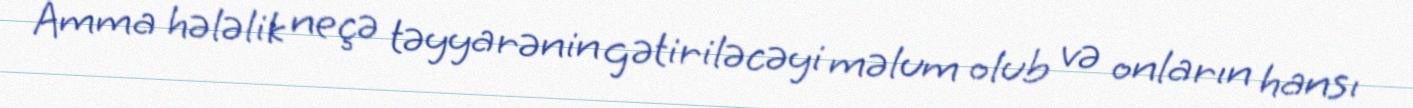
Amma hələlik neçə təyyarənin gətiriləcəyi məlum olub və onların hansı